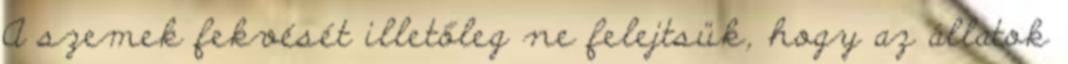
A szemek fekvését illetőleg ne felejtsük, hogy az állatok